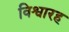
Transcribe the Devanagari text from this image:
विश्वारह